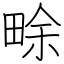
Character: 畭